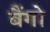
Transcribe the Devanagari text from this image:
बैंगो